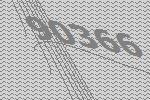
90366